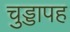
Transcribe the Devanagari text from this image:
चुड्डापह